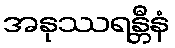
အနုဿရန္တီနံ